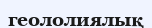
геололиялық